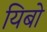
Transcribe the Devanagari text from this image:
यिबो